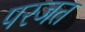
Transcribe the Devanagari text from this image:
परजत